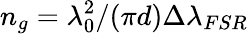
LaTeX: n_{g}=\lambda_{0}^{2}/({\pi}d){\Delta\lambda_{FSR}}